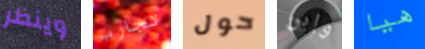
وينظر تجارب حول وإبن هيا